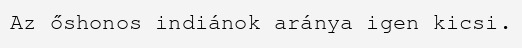
Az őshonos indiánok aránya igen kicsi.